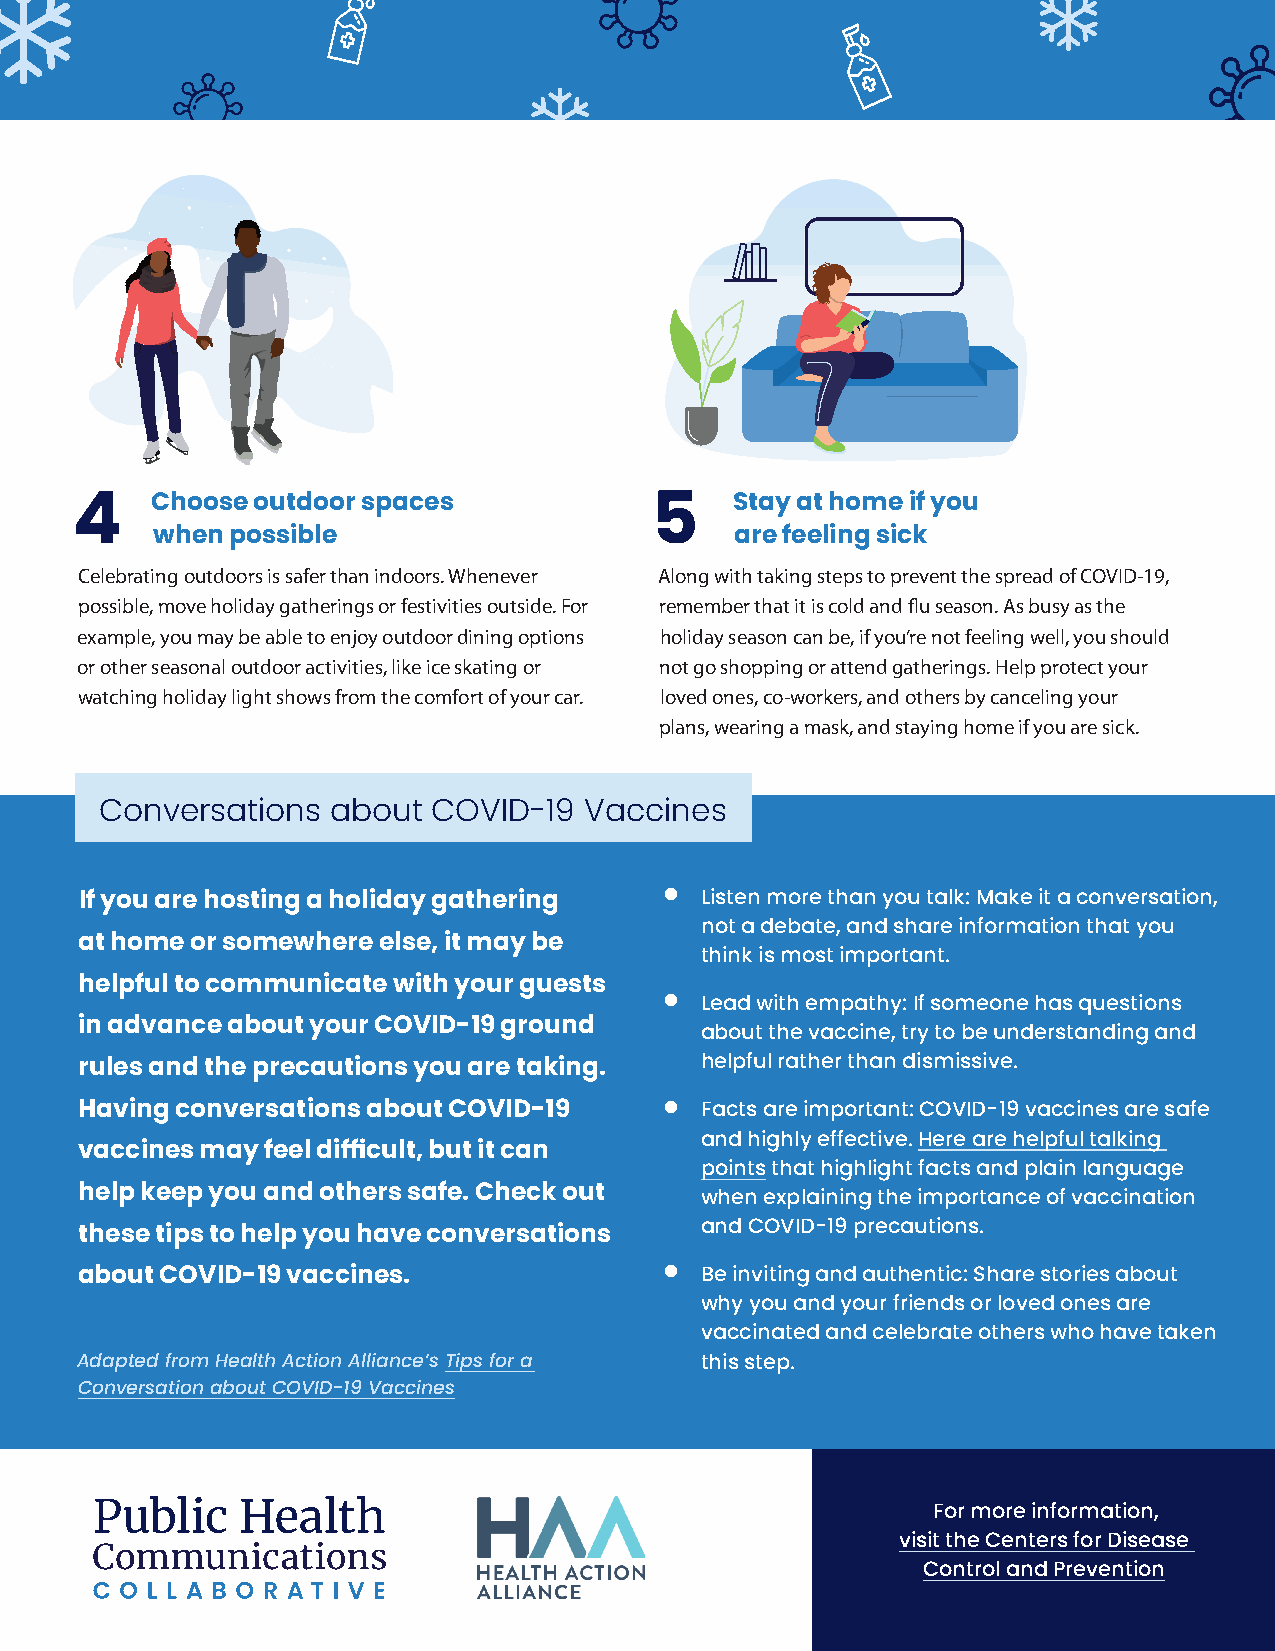
Choose outdoor spaces                 Stay at home if you
 4                                     5
 when possible                          are feeling sick
 Celebrating outdoors is safer than indoors. Whenever Along with taking steps to prevent the spread of COVID-19,
 possible, move holiday gatherings or festivities outside. For remember that it is cold and flu season. As busy as the
 example, you may be able to enjoy outdoor dining options holiday season can be, if you’re not feeling well, you should
 or other seasonal outdoor activities, like ice skating or not go shopping or attend gatherings. Help protect your
 watching holiday light shows from the comfort of your car. loved ones, co-workers, and others by canceling your
 plans, wearing a mask, and staying home if you are sick.
 Conversations  about  COVID-19  Vaccines
 If you are hosting a holiday gathering • Listen more than you talk: Make it a conversation,
 not a debate, and share information that you
 at home or somewhere else, it may be
 think is most important.
 helpful to communicate with your guests
 • Lead with empathy: If someone has questions
 in advance about your COVID-19 ground
 about the vaccine, try to be understanding and
 rules and the precautions you are taking. helpful rather than dismissive.
 Having conversations about COVID-19    • Facts are important: COVID-19 vaccines are safe
 and highly effective. Here are helpful talking
 vaccines may feel difficult, but it can
 points that highlight facts and plain language
 help keep you and others safe. Check out when explaining the importance of vaccination
 and COVID-19 precautions.
 these tips to help you have conversations
 about COVID-19 vaccines.               • Be inviting and authentic: Share stories about
 why you and your friends or loved ones are
 vaccinated and celebrate others who have taken
 Adapted from Health Action Alliance’s Tips for a this step.
 Conversation about COVID-19 Vaccines
 For more information,
 visit the Centers for Disease
 Control and Prevention